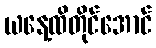
ယနေ့ထိတိုင်အောင်